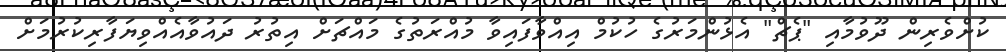
ކުށްވެރިން ދޫވުމާއި "ޕެޗް" އެޅުންމަރުގެ ހުކުމް އިއްވާފައިވާ މުއްރަތުގެ މައްޗަށް އިތުރު ދައުވާއެއްވިޔަފާރިކުރުމަށް